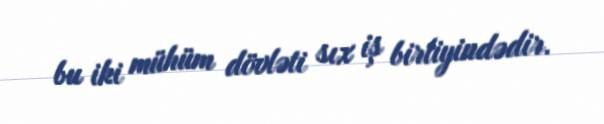
bu iki mühüm dövləti sıx iş birliyindədir.